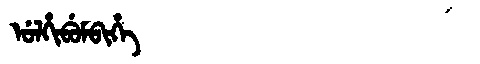
Manchu: ᡠᠯᡥᡳᠪᡠᠮᠪᡳᡥᡝ
Romanization: ULHIBUMBIHE